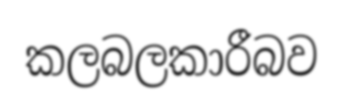
කලබලකාරීබව